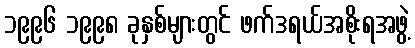
၁၉၉၆ ၁၉၉၈ ခုနှစ်များတွင် ဖက်ဒရယ်အစိုးရအဖွဲ့